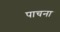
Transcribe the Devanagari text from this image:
पाचना